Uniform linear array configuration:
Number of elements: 24
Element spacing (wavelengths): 0.25
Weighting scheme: uniform
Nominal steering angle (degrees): -30
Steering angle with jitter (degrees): -31.924
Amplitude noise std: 0.05
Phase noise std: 0.05

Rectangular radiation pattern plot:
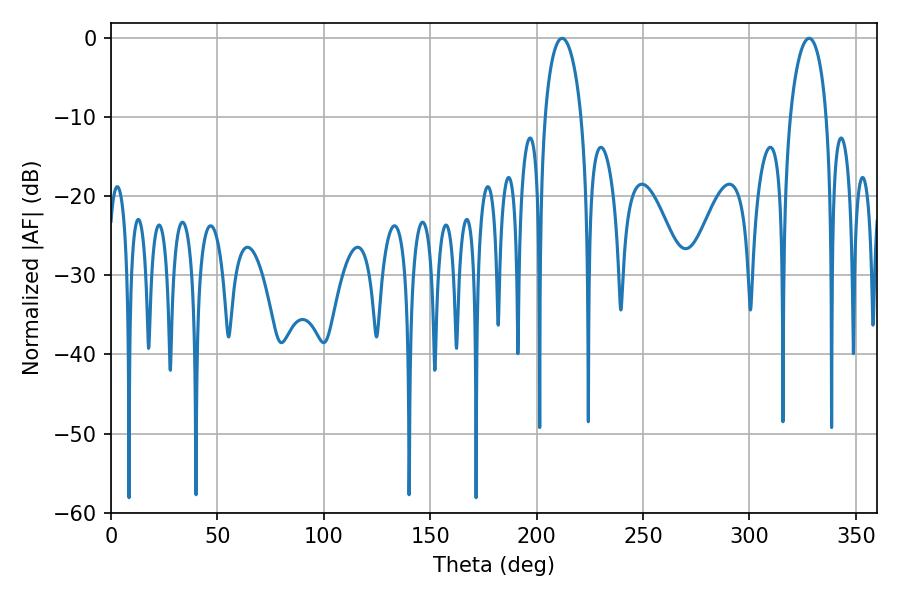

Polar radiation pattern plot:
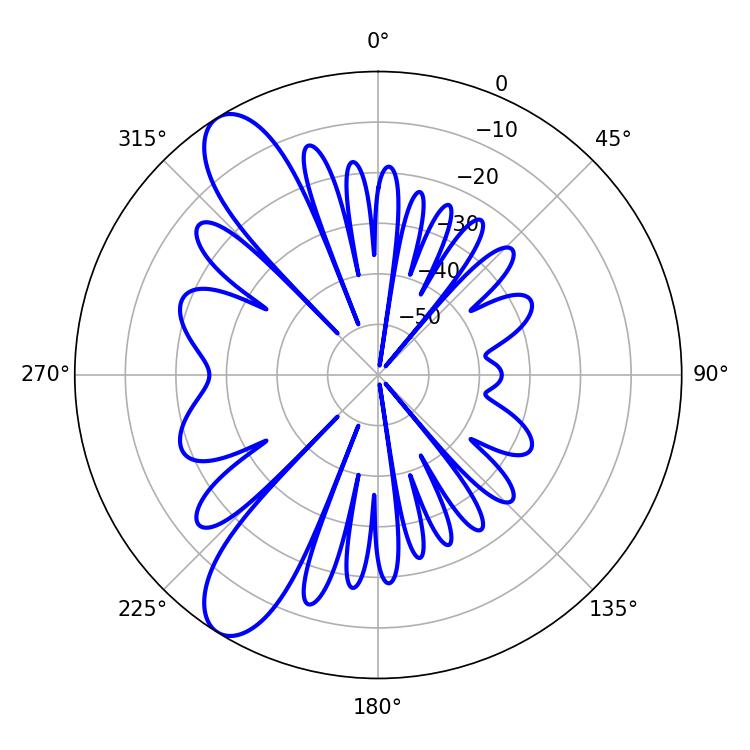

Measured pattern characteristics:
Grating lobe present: FALSE
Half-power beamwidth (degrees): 9.9
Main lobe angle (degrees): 212.04